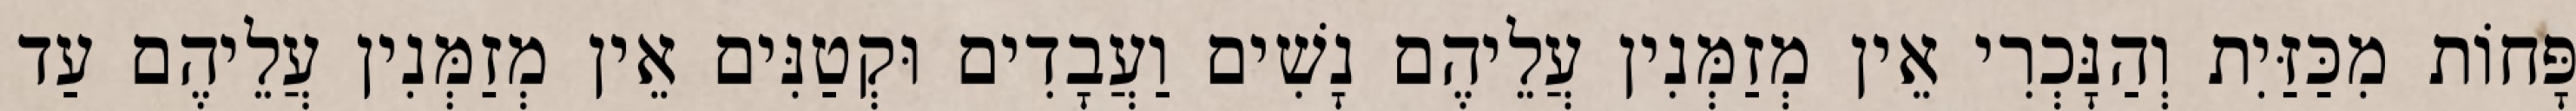
פָּחוֹת מִכַּזַּיִת וְהַנָּכְרִי אֵין מְזַמְּנִין עֲלֵיהֶם נָשִׁים וַעֲבָדִים וּקְטַנִּים אֵין מְזַמְּנִין עֲלֵיהֶם עַד